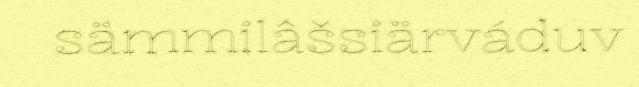
sämmilâšsiärváduv